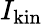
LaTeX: I_{\mathrm{kin}}